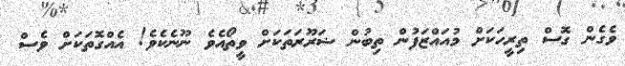
ވެގެން ގޮސް ތިރީހަކަށް މުއައްޒަފުން ތިބުން ޟަރޫރަތަކަށް ވީތޯއެވެ ނޫނެކެވެ! އެއްގޮތަކަށް ވެސް